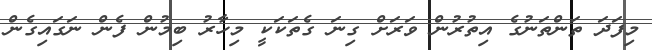
މިފަދަ ތަންތަނުގެ އިތުރުން ވަރަށް ގިނަ ގެތަކަކީ މިހާރު ބިމުން ފެން ނަގައިގެން